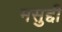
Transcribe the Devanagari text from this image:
मसुद्दी